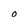
Character: O